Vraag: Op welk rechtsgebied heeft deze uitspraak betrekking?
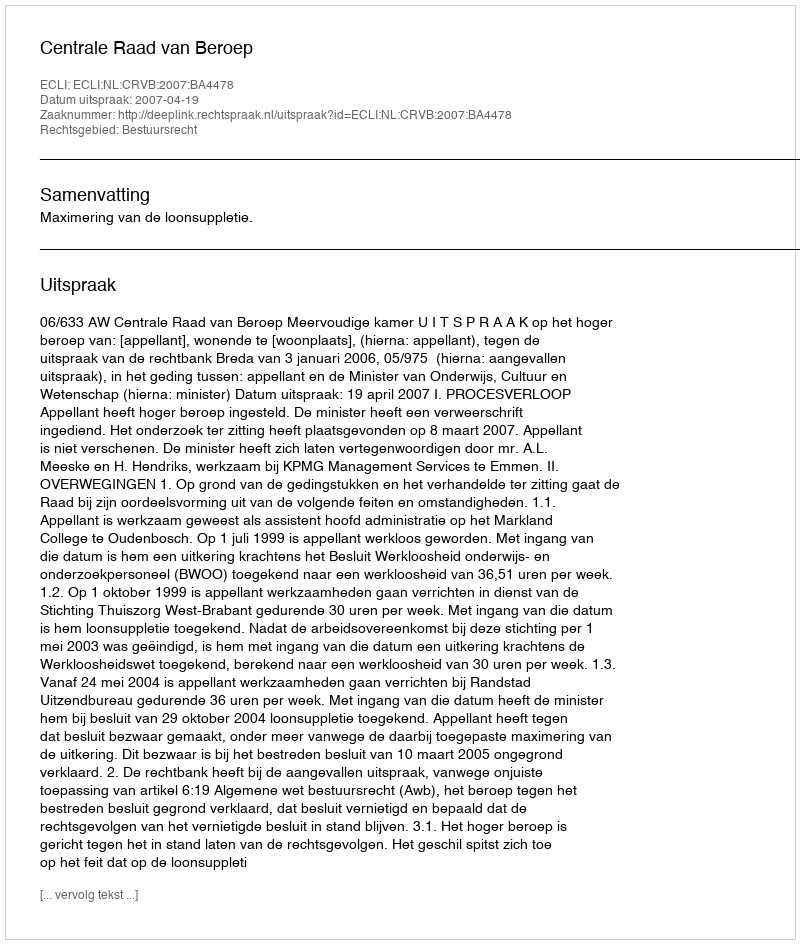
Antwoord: Bestuursrecht